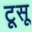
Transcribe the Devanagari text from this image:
टूसू